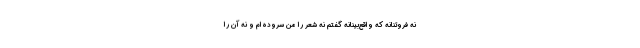
نه فروتنانه که واقع‌بینانه گفتم نه شعر را من سروده‌ام و نه آن را